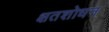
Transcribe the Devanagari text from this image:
क्षतशोधन